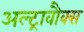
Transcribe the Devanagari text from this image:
अल्ट्रावौक्स